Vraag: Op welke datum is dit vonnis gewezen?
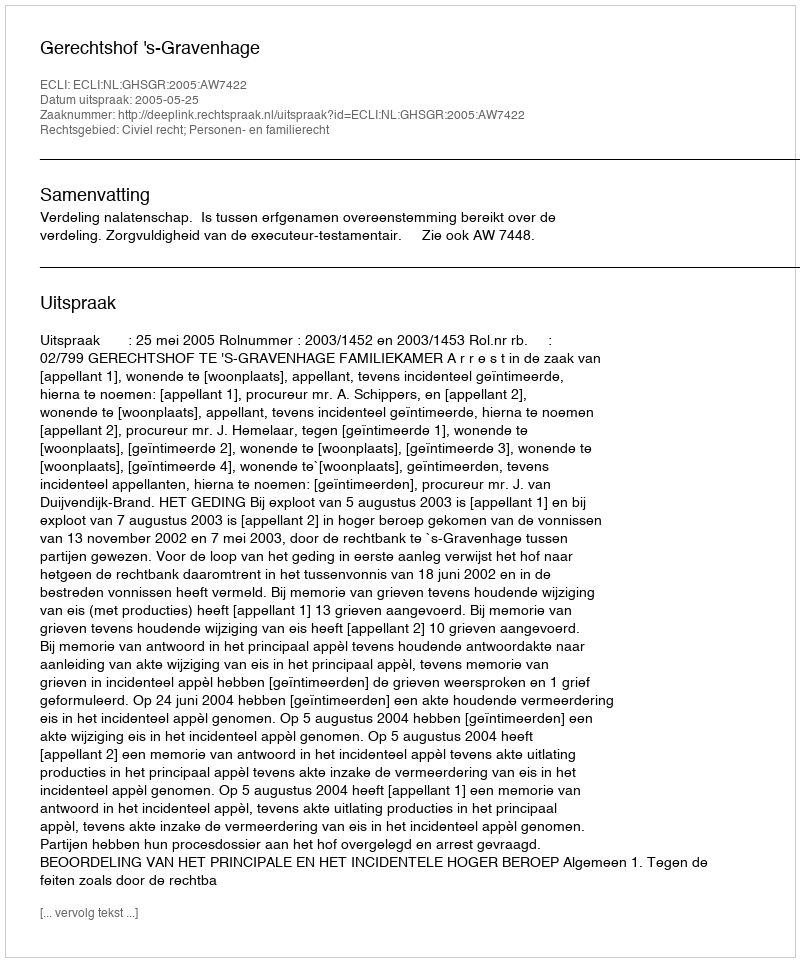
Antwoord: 2005-05-25